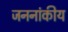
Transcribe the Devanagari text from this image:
जननांकीय